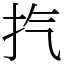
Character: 㧉